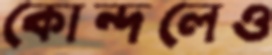
কোন্দলেও